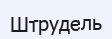
Штрудель